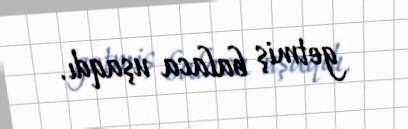
getmiş balaca uşaqdı.